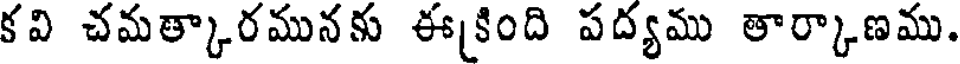
కవి చమత్కారమునకు ఈకింది పద్యము తార్కాణము.